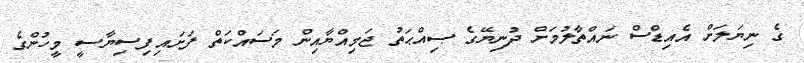
ގެ ނިޔަލަށް އެއިޑްސް ނައްތާލުމަށް ދުނިޔޭގެ ޞިއްޙަތު ޖަމިއްޔާއިން މަސައްކަތް ފަށައިފިސިޔާސީ މީހުންގެ